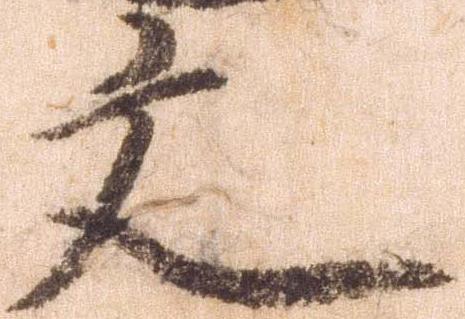
文